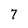
Character: 7